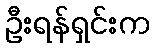
ဦးရန်ရှင်းက